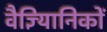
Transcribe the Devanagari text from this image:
वैज्ञ्यिानिकों